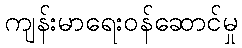
ကျန်းမာရေးဝန်ဆောင်မှု